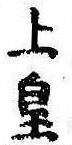
上皇